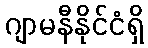
ဂျာမနီနိုင်ငံရှိ